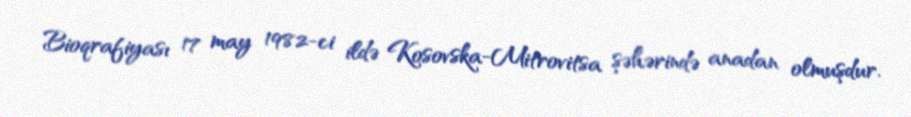
Bioqrafiyası 17 may 1982-ci ildə Kosovska-Mitrovitsa şəhərində anadan olmuşdur.